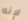
لإنه